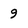
Character: 9